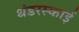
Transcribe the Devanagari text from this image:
थंडरस्काई